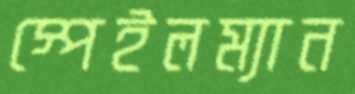
স্পেইলম্যান